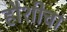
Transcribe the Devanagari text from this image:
हौशीचा